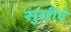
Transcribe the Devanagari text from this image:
सुग्रीवं